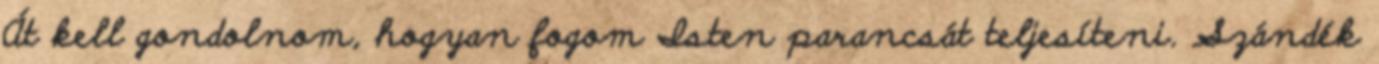
Át kell gondolnom, hogyan fogom Isten parancsát teljesíteni. Szándék